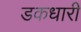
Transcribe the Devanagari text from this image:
डकधारी